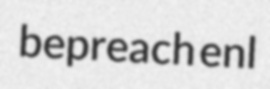
bepreach enl